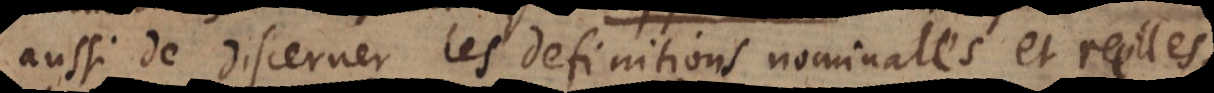
aussi de discerner les definitions nominales et reelles,